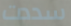
سددت